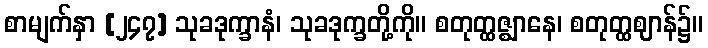
စာမျက်နှာ [၂၄၇] သုခဒုက္ခာနံ၊ သုခဒုက္ခတို့ကို။ စတုတ္ထဇ္ဈာနေ၊ စတုတ္ထဈာန်၌။